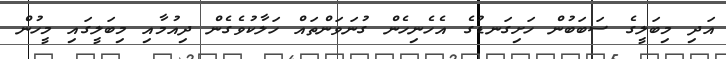
އަދި މިބަލީގެ ސަބަބުން ހަށިގަނޑުގެ އެހެނިހެން ގުނަވަންތައް ހަލާކުވެގެން ދިއުމާއި މިބަލީގައި މީހުން